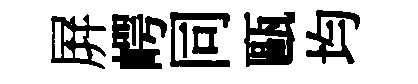
屛崿同甌均